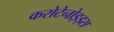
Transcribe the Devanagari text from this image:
करोटेनोइड्स